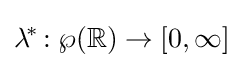
\lambda ^{\!*\!}:\wp (\mathbb {R} )\to [0,\infty ]